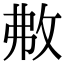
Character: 㪄